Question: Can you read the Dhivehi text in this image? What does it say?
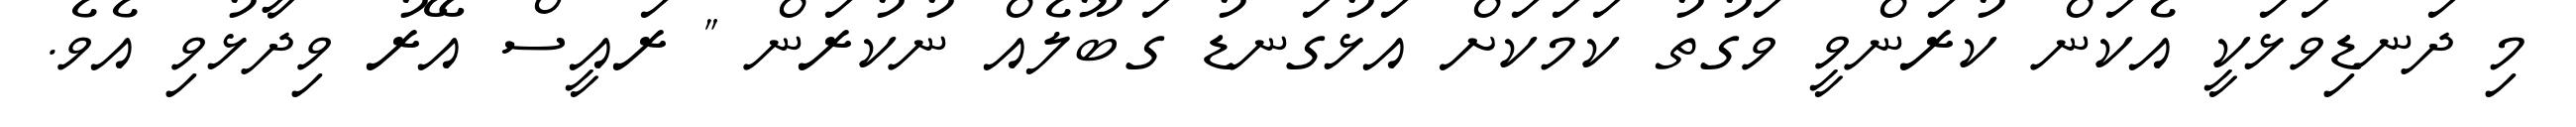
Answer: މި ދަނޑިވަޅަކީ އެކަން ކުރަންވީ ވަގުތު ކަމަކަށް އަޅުގަނޑު ގަބޫލެއް ނުކުރަން " ރައީސް އޭރު ވިދާޅުވި އެވެ.